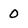
Character: 0